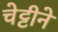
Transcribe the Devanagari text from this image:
चेट्टीने